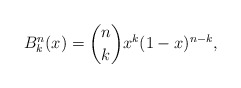
\begin{align*} B_{k}^{n}(x)=\binom {n}{k} x^{k}(1-x)^{n-k}, \end{align*}